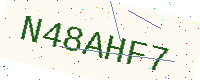
Text: N48AHF7